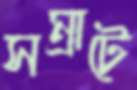
সম্রাটে